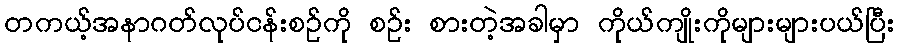
တကယ့်အနာဂတ်လုပ်ငန်းစဉ်ကို စဉ်း စားတဲ့အခါမှာ ကိုယ်ကျိုးကိုများများပယ်ပြီး